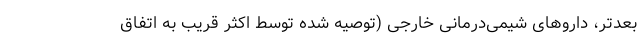
بعدتر، داروهای شیمی‌درمانی خارجی (توصیه شده توسط اکثر قریب به اتفاق